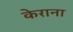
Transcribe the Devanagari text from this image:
केराना